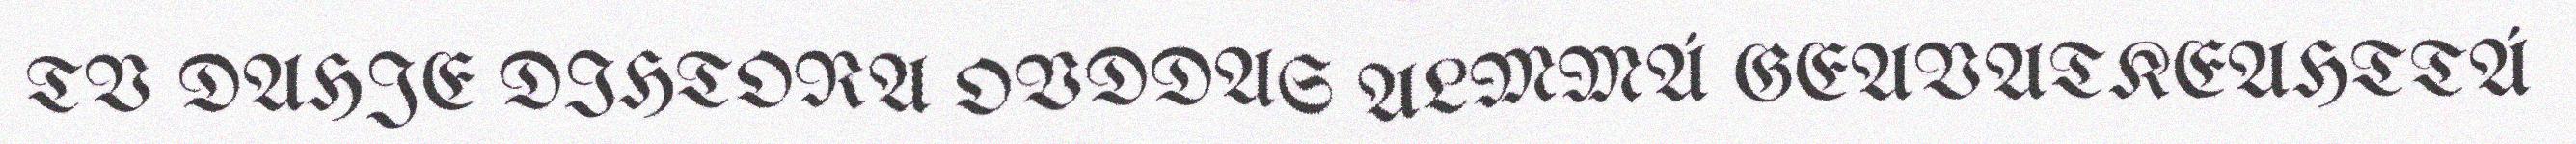
TV DAHJE DIHTORA OVDDAS ALMMÁ GEAVATKEAHTTÁ